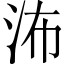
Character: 㳍